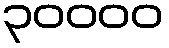
၃၀၀၀၀